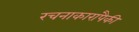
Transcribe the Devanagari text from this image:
रचनाकारांपैकी